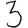
Digit: 3